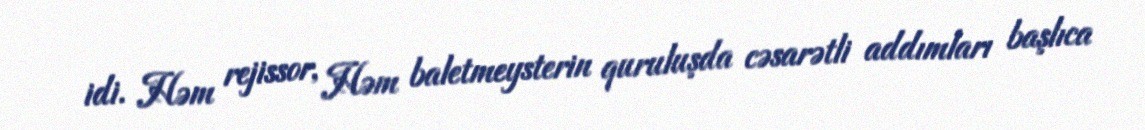
idi. Həm rejissor, Həm baletmeysterin quruluşda cəsarətli addımları başlıca